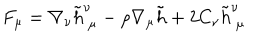
LaTeX: F _ { \mu } = \nabla _ { \nu } \tilde { h } _ { ~ \mu } ^ { \nu } - \rho \nabla _ { \mu } \tilde { h } + 2 C _ { \nu } \tilde { h } _ { ~ \mu } ^ { \nu }